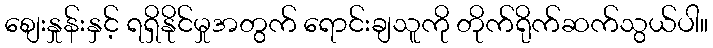
စျေးနှုန်းနှင့် ရရှိနိုင်မှုအတွက် ရောင်းချသူကို တိုက်ရိုက်ဆက်သွယ်ပါ။